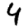
Digit: 4